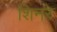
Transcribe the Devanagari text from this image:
शिनरे